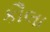
કૌલા